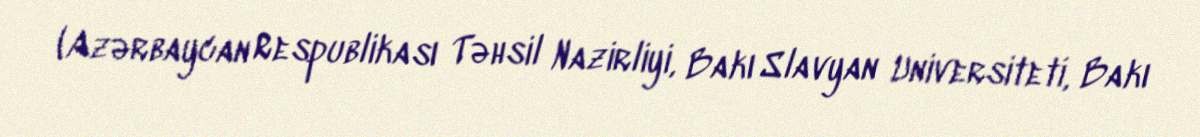
(Azərbaycan Respublikası Təhsil Nazirliyi, Bakı Slavyan Universiteti, Bakı